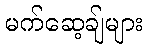
မက်ဆေ့ချ်များ